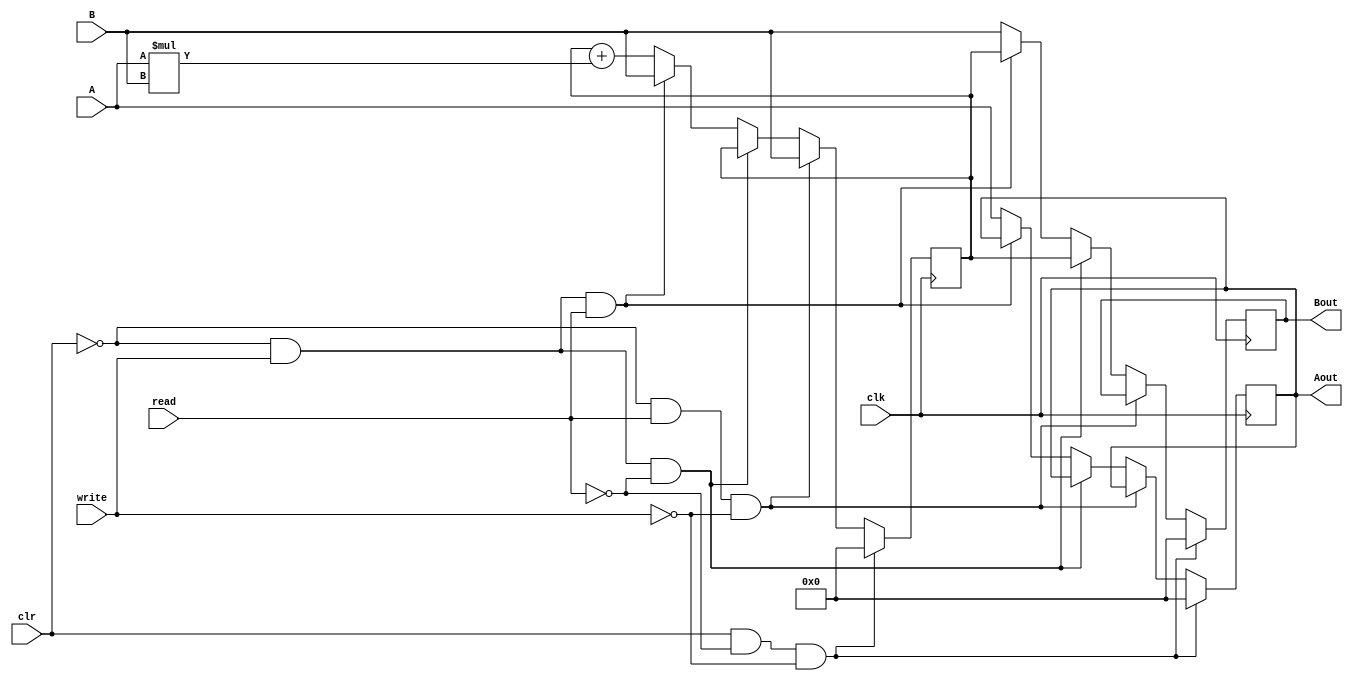
module Processing_Element(A,B,Aout,Bout,clk,clr,read,write);
parameter N=32;
input[N-1:0] A,B;
output reg[N-1:0] Aout,Bout;
reg[N-1:0] Acc;
input clk,clr,read,write;
always @(posedge clk)begin
    if(clr & ~read & ~write)begin
        Acc<=0;
        Aout<=0;
        Bout<=0;
    end
    else if(~clr & read & ~write)begin
        Acc<=B;
    end
    else if(~clr & write & ~read)begin
        Bout<=Acc;
    end
    else if(~clr & write & read)begin
        Acc<=B;
        Bout<=Acc;
    end
    else begin
        Acc<=Acc+A*B;
        Aout<=A;
        Bout<=B;
    end
end
endmodule